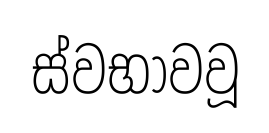
ස්වභාවවූ